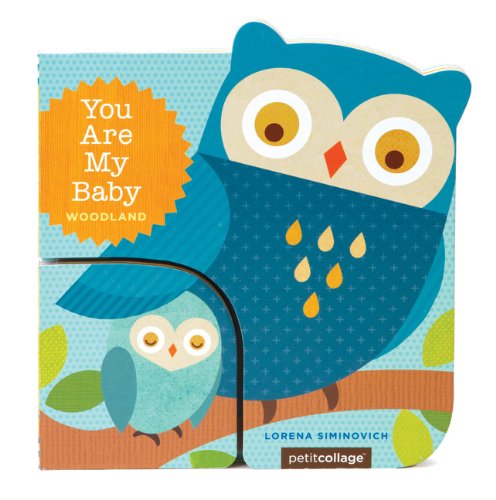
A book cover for You Are My Baby: Woodland; Children's Books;